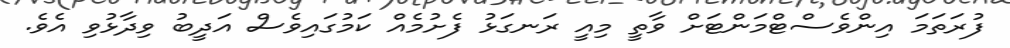
ފުރަތަމަ އިންވެސްޓްމަންޓަށް ވާތީ މިއީ ރަނގަޅު ފެށުމެއް ކަމުގައިވެސް އަދީބު ވިދާޅުވި އެވެ.